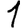
Digit: 1